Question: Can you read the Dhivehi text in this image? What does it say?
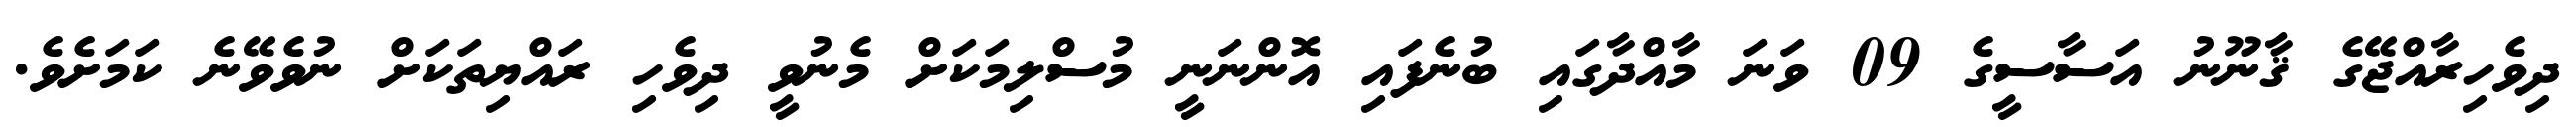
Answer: ދިވެހިރާއްޖޭގެ ޤާނޫނު އަސާސީގެ 09 ވަނަ މާއްދާގައި ބުނެފައި އޮންނަނީ މުސްލިމަކަށް މެނުވީ ދިވެހި ރައްޔިތަކަށް ނުވެވޭނެ ކަމަށެވެ.